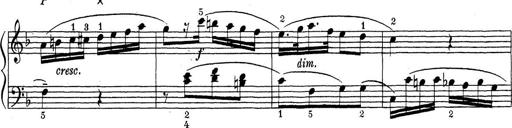
Title: ÄŒeskÃ© Sonatiny
Composer: Various